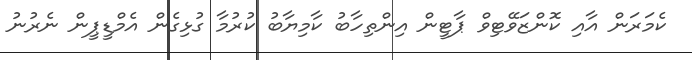
ކެމަރަން އާއި ކޮންޒަވޭޓިވް ޕާޓީން އިންތިހާބު ކާމިޔާބު ކުރުމާ ގުޅިގެން އެމްޑީޕީން ނެރުނު